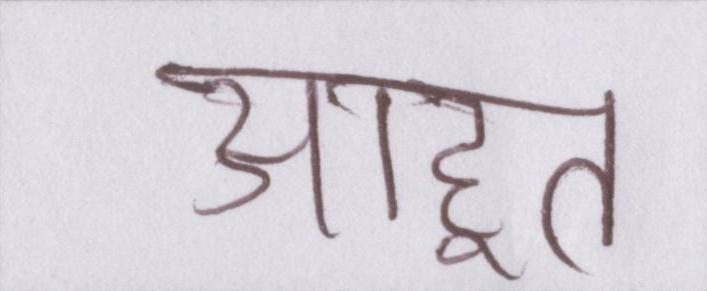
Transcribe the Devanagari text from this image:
आहूत